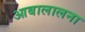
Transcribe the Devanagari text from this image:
आबालालना